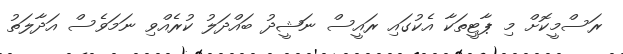
ރަސްމީކޮށް މި ޕާޓީތަކާ އެކުގައި ރައީސް ނަޝީދު ބައްދަލު ކުރެއްވި ނަމަވެސް އަދާލަތު